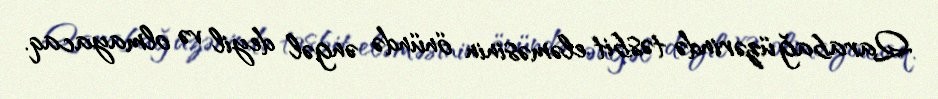
Qarabağ üzərində təsbit eləməsinin önündə əngəl deyil və olmayacaq.